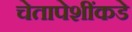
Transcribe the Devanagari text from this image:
चेतापेशींकडे